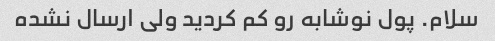
سلام. پول نوشابه رو کم کردید ولى ارسال نشده